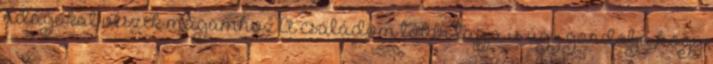
adagokat veszek magamhoz.A családom többi tagja is úgy gondolja,hogy